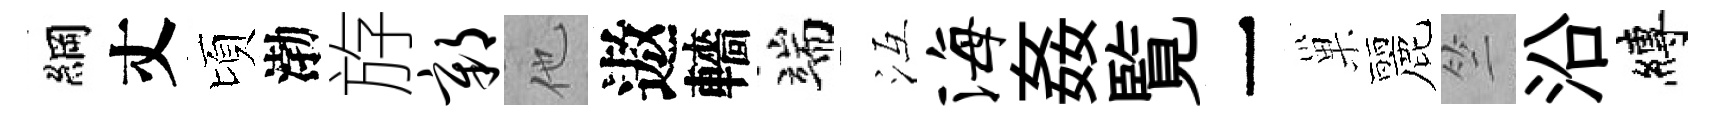
綱丈頃渤斿鄣他遨轖端冱海姦覧一巢麗竺沿縛